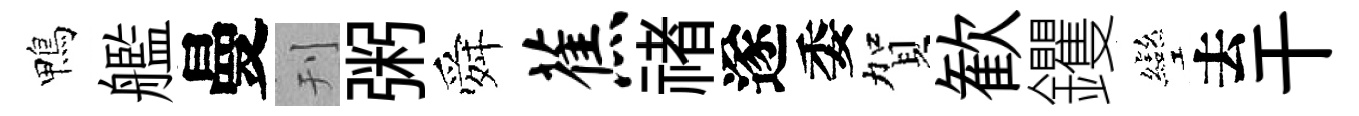
鴨艦曼刊粥舜蕉禇遂委賀歓钁彎去干